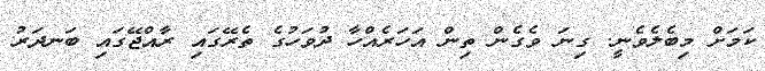
ކަމަށް މިބެލެވެނީ. ގިނަ ވެގެން ތިން އަހަރެއްހާ ދުވަހުގެ ތެރޭގައި ރާއްޖޭގައި ބަނދަރު